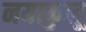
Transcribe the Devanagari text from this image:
नयाकुलू